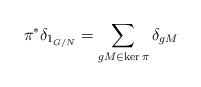
LaTeX: \begin{align*}\pi^*\delta_{1_{G/N}} =\sum_{gM\in\ker\pi}\delta_{gM}\end{align*}